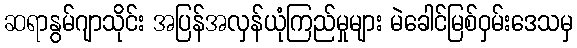
ဆရာနွမ်ဂျာသိုင်း အပြန်အလှန်ယုံကြည်မှုများ မဲခေါင်မြစ်ဝှမ်းဒေသမှ